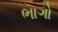
ભાગો